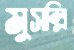
মুসল্লি